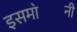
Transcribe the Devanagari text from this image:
इसमा॓नी